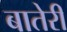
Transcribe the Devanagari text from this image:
बातेरी